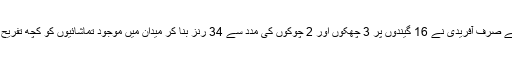
ان میں سے صرف آفریدی نے 16 گیندوں پر 3 چھکوں اور 2 چوکوں کی مدد سے 34 رنز بنا کر میدان میں موجود تماشائیوں کو کچھ تفریح فراہم کی۔